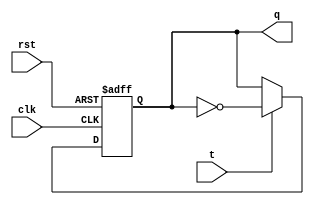
module t_ff (
    input wire clk,
    input wire rst,
    input wire t,
    output reg q
);

always @(posedge clk or posedge rst) begin
    if (rst) begin
        q <= 1'b0;
    end else begin
        if (t) begin
            q <= ~q;
        end
    end
end

endmodule